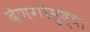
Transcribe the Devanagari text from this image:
देणगीसुद्धा